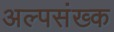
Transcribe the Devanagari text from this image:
अल्पसंख्क